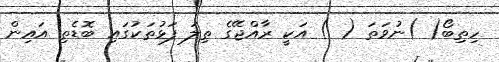
ހިތިބޯ( )ނުވަތަ ( ) އަކީ ރާއްޖޭގެ ތިލަ ފަޅުތަކުގައި ބޮޑެތި އައިން